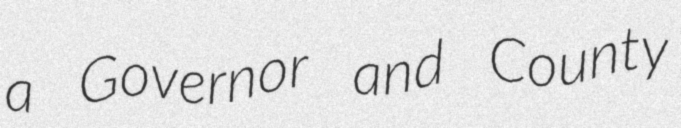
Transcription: a Governor and County